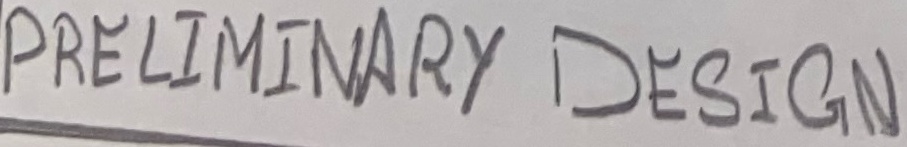
Text: PRELIMINARY DESIGN